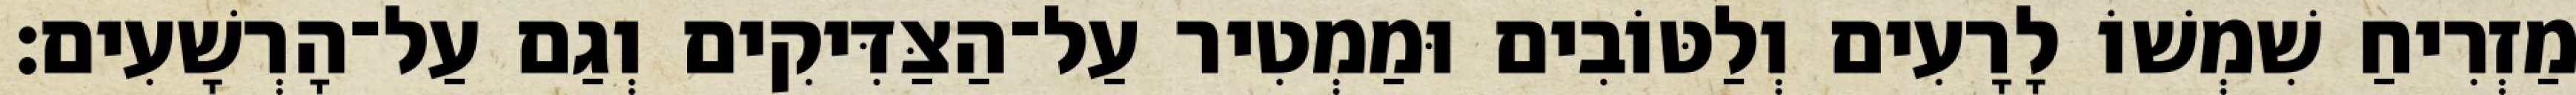
מַזְרִיחַ שִׁמְשׁוֹ לָרָעִים וְלַטּוֹבִים וּמַמְטִיר עַל־הַצַּדִּיקִים וְגַם עַל־הָרְשָׁעִים׃